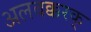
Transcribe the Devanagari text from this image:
अलबक्करक्